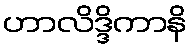
ဟာလိဒ္ဒိကာနိ